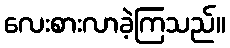
လေးစားလာခဲ့ကြသည်။